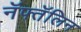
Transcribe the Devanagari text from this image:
नॅफ्तॅलिन